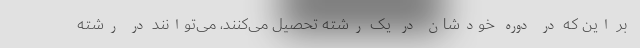
بر این که در دوره خودشان در یک رشته تحصیل می‌کنند، می‌توانند در رشته